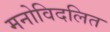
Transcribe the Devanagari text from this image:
मनोविदलित